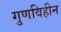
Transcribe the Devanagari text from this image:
गुणविहीन